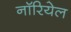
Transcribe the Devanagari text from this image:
नॉरियेल